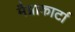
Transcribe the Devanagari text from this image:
मैग्नाकार्टा